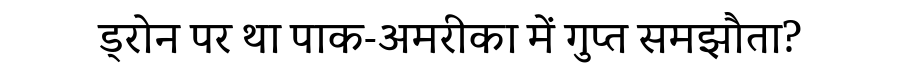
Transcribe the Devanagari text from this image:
ड्रोन पर था पाक-अमरीका में गुप्त समझौता?